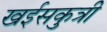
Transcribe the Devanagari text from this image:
खईसकुत्री